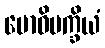
ဗောဓိပက္ခိယံ